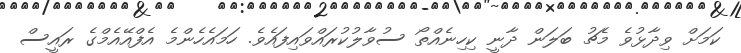
ކަމަށް ވިދާޅުވެ މެޗު ބަލަން ދާނީ ކިހިނެއްތޯ ސުވާލުކުރައްވައިފައެވެ. ހަމައެހެންމެ އެފްއޭއެމްގެ ރައީސް